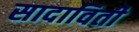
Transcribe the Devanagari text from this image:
सादाविती